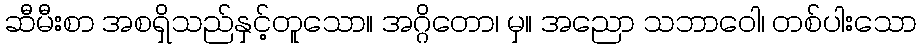
ဆီမီးစာ အစရှိသည်နှင့်တူသော။ အဂ္ဂိတော၊ မှ။ အညော သဘာဝေါ၊ တစ်ပါးသော